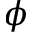
\phi